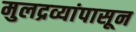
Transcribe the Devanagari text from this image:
मुलद्रव्यांपासून